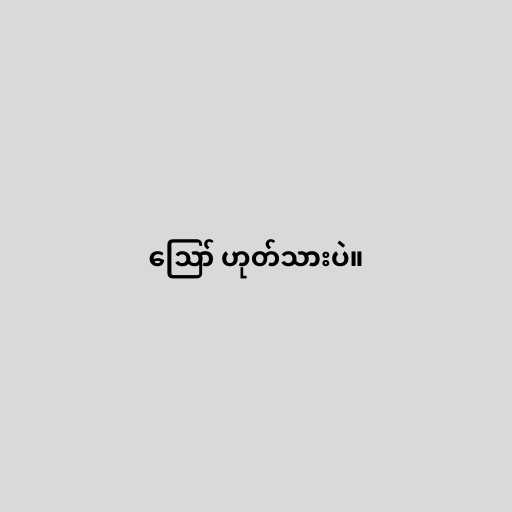
ဪ ဟုတ်သားပဲ။